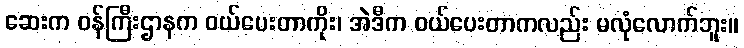
ဆေးက ဝန်ကြီးဌာနက ဝယ်ပေးတာကိုး၊ အဲဒီက ဝယ်ပေးတာကလည်း မလုံလောက်ဘူး။